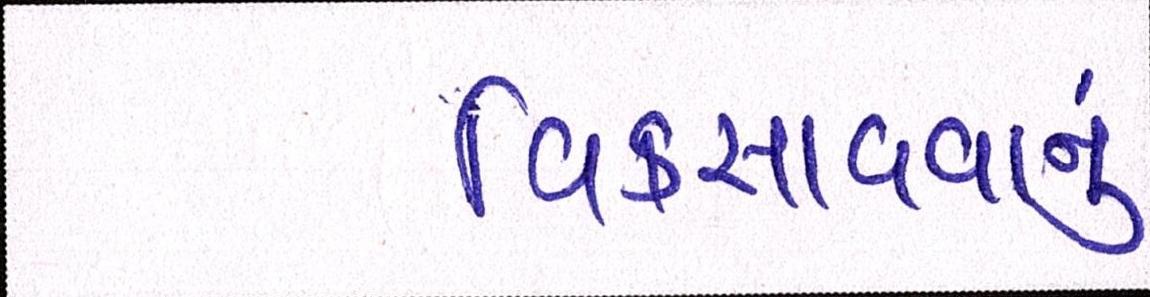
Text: વિકસાવવાનું